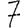
Digit: 7